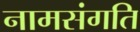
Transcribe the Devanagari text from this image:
नामसंगति